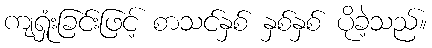
ကျရှုံးခြင်းဖြင့် စာသင်နှစ် နှစ်နှစ် ပိုခဲ့သည်။